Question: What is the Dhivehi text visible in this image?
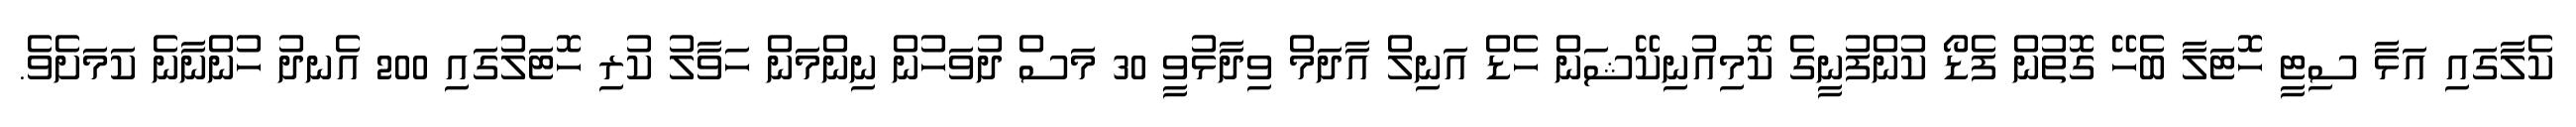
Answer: ކެލާގައި އަޅާ ސިޓީ ހޮޓަލާ ބެހޭ ގޮތުން ފެޑޯ ކުންފުނީގެ ކޮމިއުނިކޭޝަން ހެޑް އަނިލް އާދަމް ވިދާޅުވީ 30 މަސް ދުވަހުން ނިންމަން ހަވާލު ކުރި ހޮޓަލުގައި 200 އެނދު ހުންނާނެ ކަމަށެވެ.